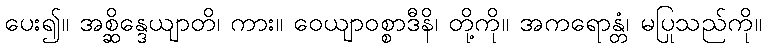
ပေး၍။ အစ္ဆိန္ဒေယျာတိ၊ ကား။ ဝေယျာဝစ္စာဒီနိ၊ တို့ကို။ အကရောန္တံ၊ မပြုသည်ကို။